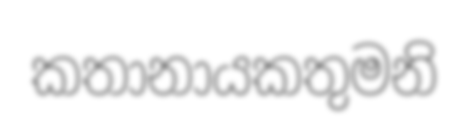
කතානායකතුමනි